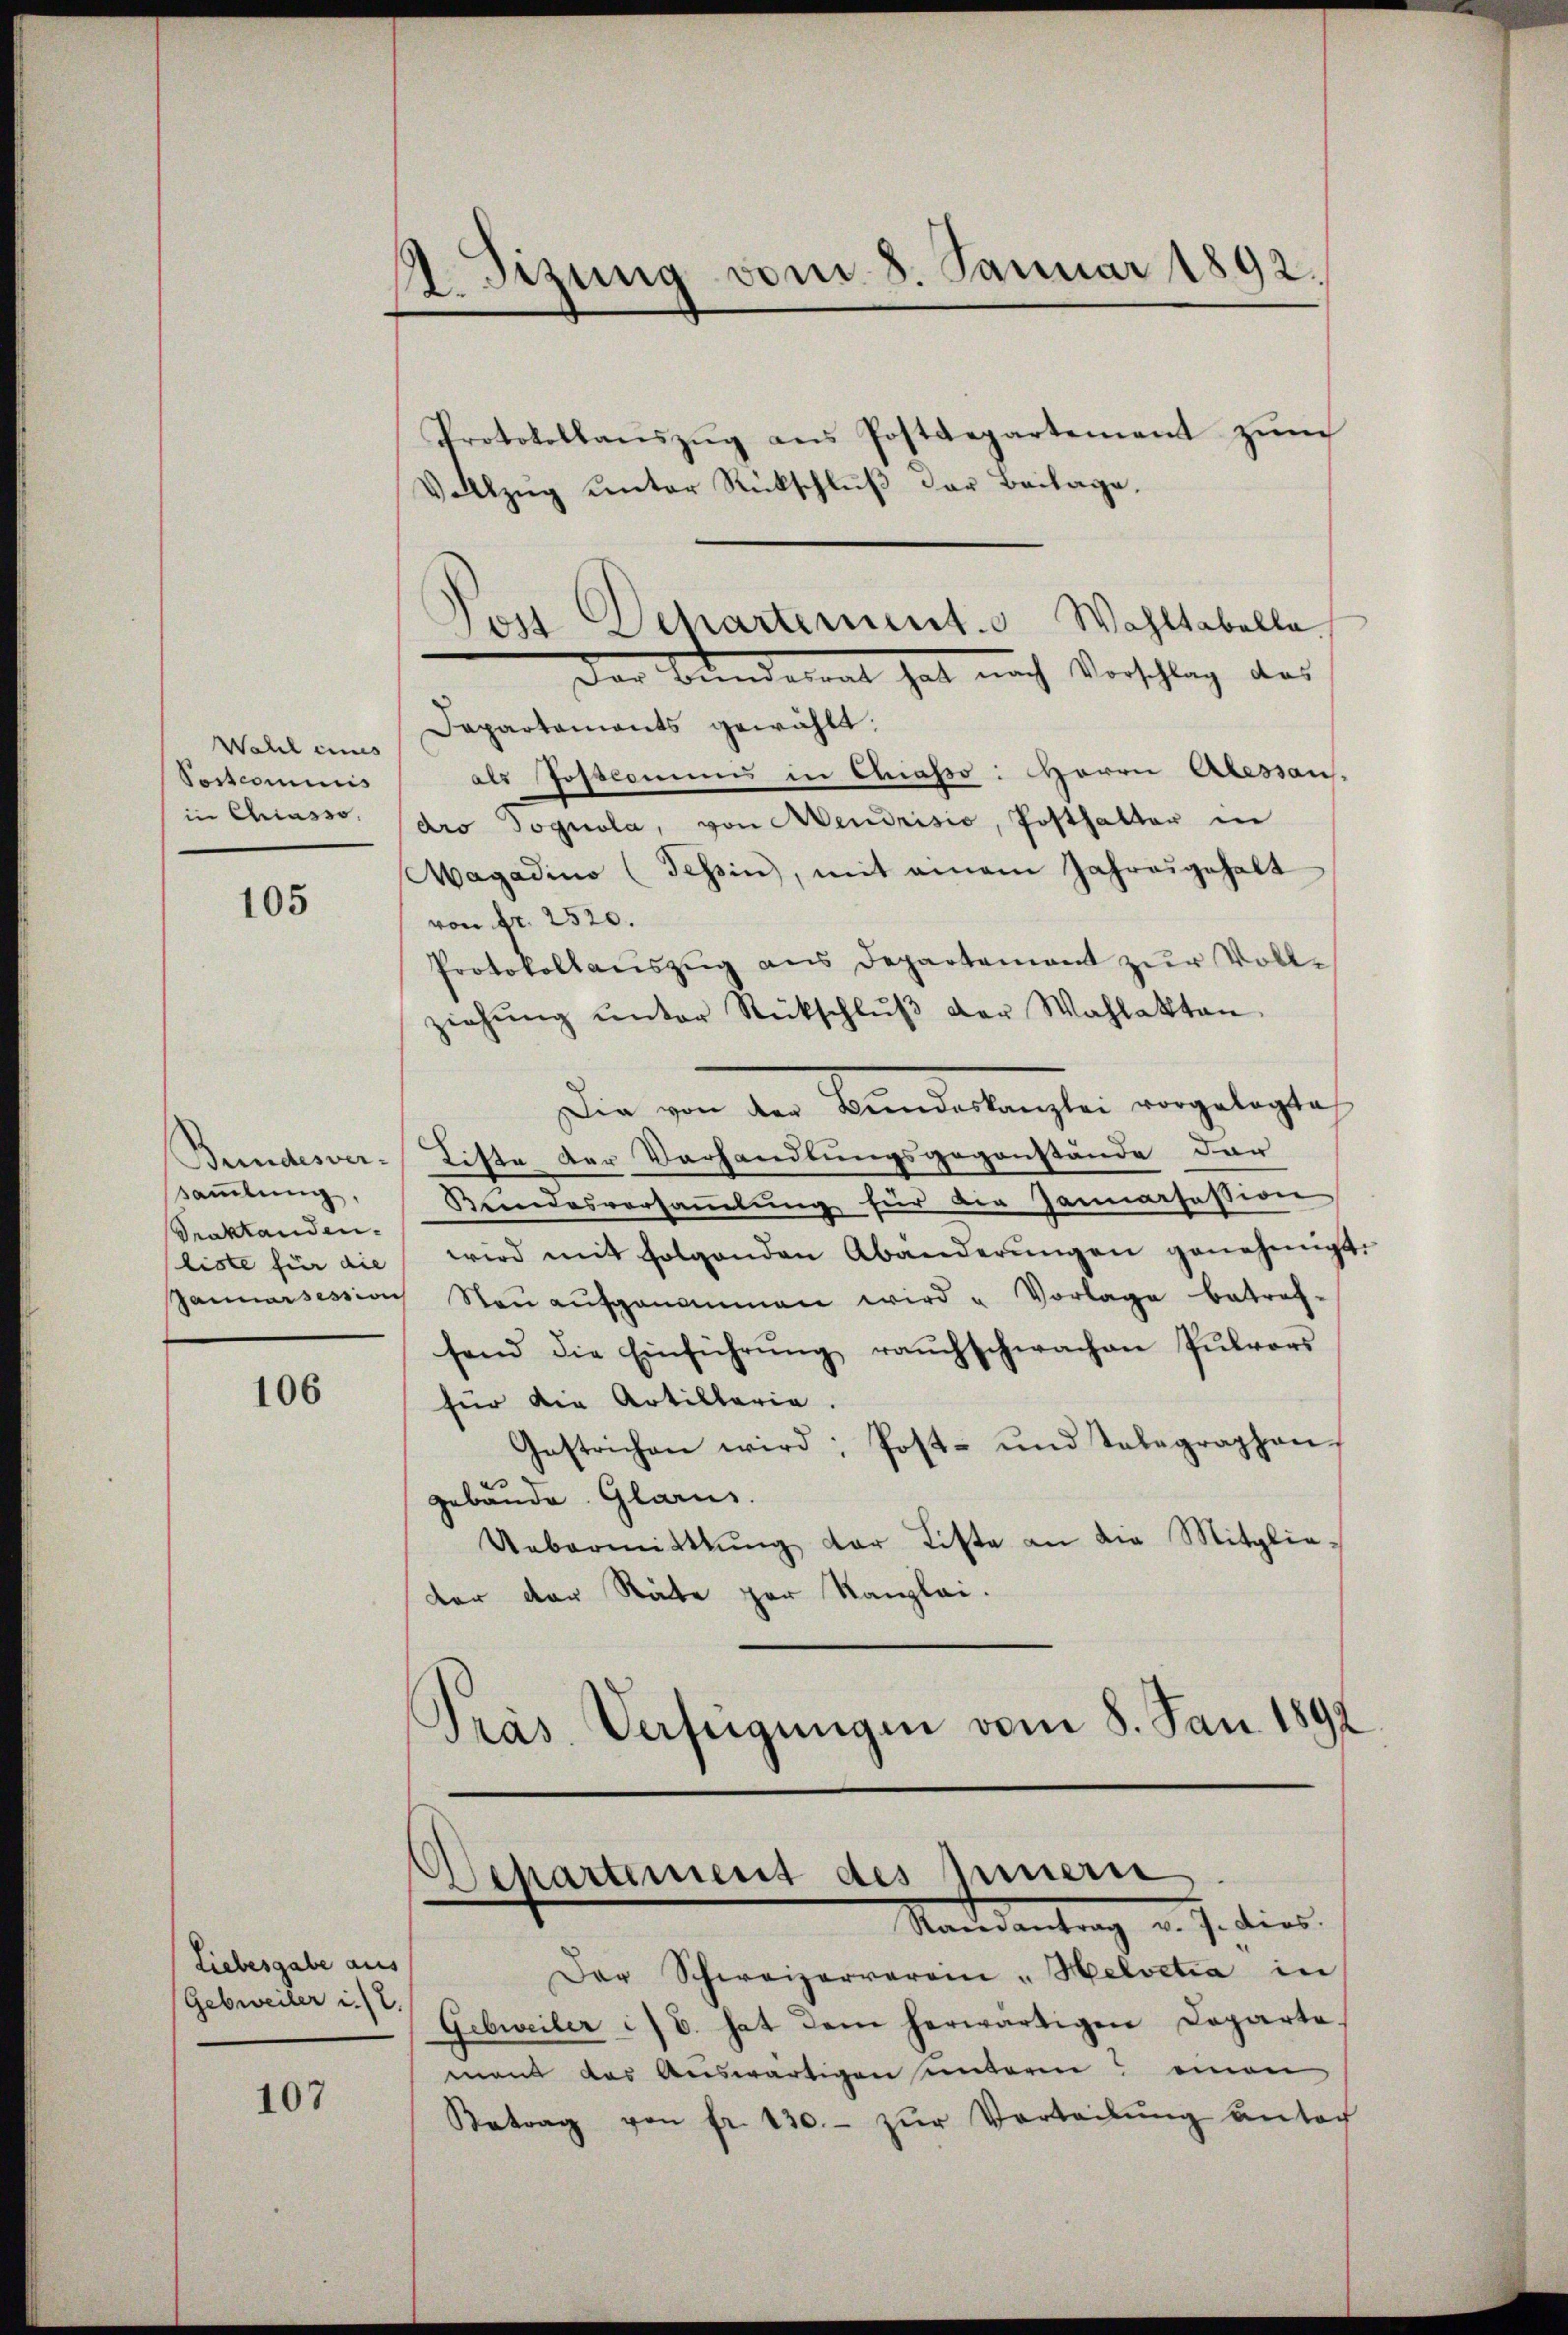
Wahl eines
Postcommis
in Chiasso.

105

Bundesver-
sammlung,
Praktanden.
liste für die

106

Liebesgabe aus
(Gebweiler i. l.

107

A.Sizung vom 8. Januar 1892.

Post Departement. Wahltabella
Der Bunderent hat nach Vorschlag des

Protokollaŭszŭg ans Postdepartement zŭm
Vollzug unter Rückschlŭβ der Beilage.
Dapartaments gewählt.
als Postcommis in Chiasso: Herrn Alessau.
dro Pognola, von Mendrisis, Posthalter in
Magadino (Tessin, mit einem Jahresgehalt
von Fr. 2520.
Protokollaŭszŭg ans Departement zŭr Vollziehŭng ŭnter Rückschlŭβ der Wahlakten.
Die von der Bandelangter vorgelegte
Liste der Vorhandlungsgegenstände der
Kundesversaṁlŭng für die Januarfession
wird mit folgenden Abänderŭngen genehmigt.
Januarsession Staŭaŭfgenommen wird u Vorlage betref-
fend die Einführŭng raŭchschwachen Pŭlvors
für die Artillaria.
Gestrichen wird; Post- und Telegraphen
gebäude. Glarus.
Uebermittlung der Liste an die Mitglieter der Stäte par Kanzlei.
)
Präs. Verfügungen vom 8. Jan. 1892

Departement des Innern.
Staatsantrag v. J. dies

Der Schweizerrarain - Helvetia in
Gebwveiler :/ E. hat dem herwärtigen Departe.
mand das Auswärtigen unterm einen
Betrag von fr. 130.- zŭr Verteilŭng antac